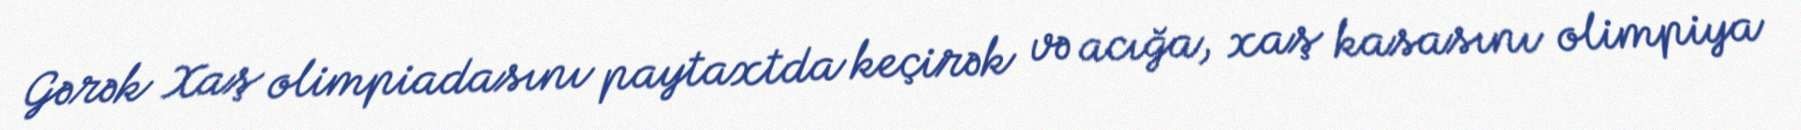
Gərək Xaş olimpiadasını paytaxtda keçirək və acığa, xaş kasasını olimpiya